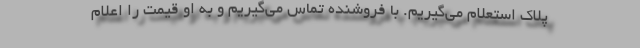
پلاک استعلام می‌گیریم. با فروشنده تماس می‌گیریم و به او قیمت را اعلام